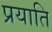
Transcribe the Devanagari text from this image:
प्रयाति